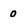
Character: 0